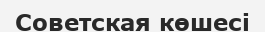
Советская көшесі